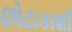
છોટાકાશી